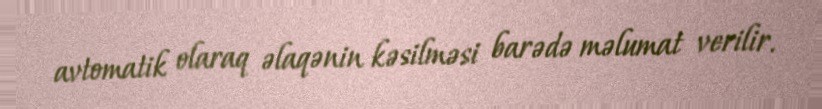
avtomatik olaraq əlaqənin kəsilməsi barədə məlumat verilir.